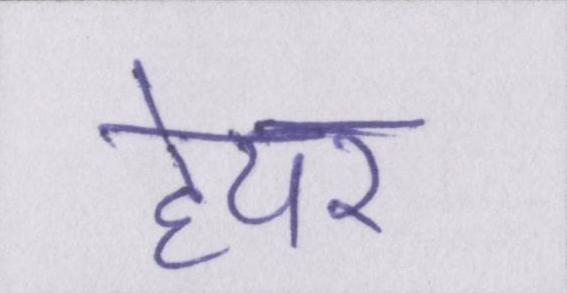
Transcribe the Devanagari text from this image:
हेयर